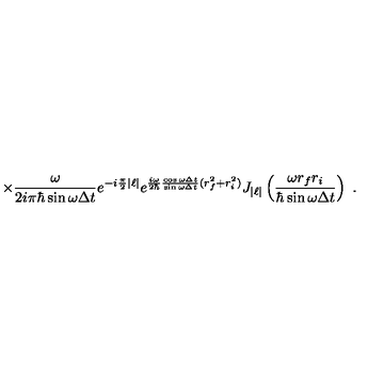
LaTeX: \times \frac { \omega } { 2 i \pi \hbar \sin \omega \Delta t } e ^ { - i \frac { \pi } { 2 } | \ell | } e ^ { \frac { i \omega } { 2 \hbar } \frac { \cos \omega \Delta t } { \sin \omega \Delta t } ( r _ { f } ^ { 2 } + r _ { i } ^ { 2 } ) } J _ { | \ell | } \left( \frac { \omega r _ { f } r _ { i } } { \hbar \sin \omega \Delta t } \right) \ .